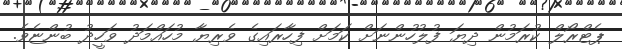
ޕެޓްރޯލް ކުރަމުން ދިޔަ ފުލުހުންނަށް ކަމަށް ފިހާރައިގެ ވެރިޔާ މުހައްމަދު ވަހީދު ބުންޏެވެ.